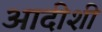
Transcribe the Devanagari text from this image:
आदीशी